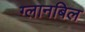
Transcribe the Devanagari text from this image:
ग्लानबिल